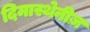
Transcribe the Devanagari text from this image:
दिमास्थेनीज़